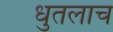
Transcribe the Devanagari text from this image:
धुतलाच